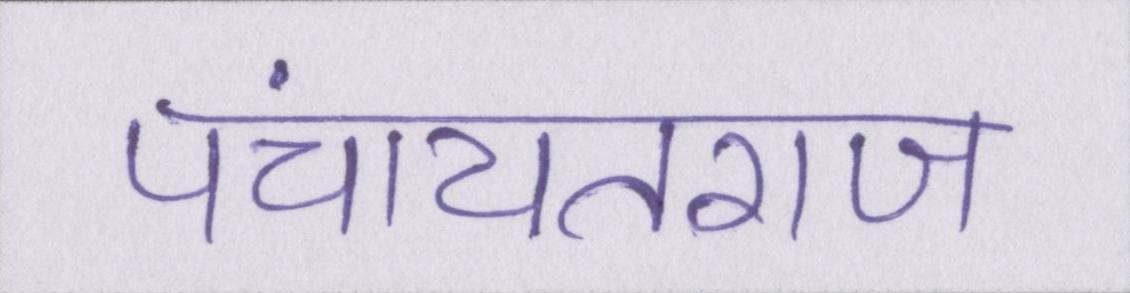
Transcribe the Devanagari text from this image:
पंचायतराज